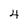
Character: 4